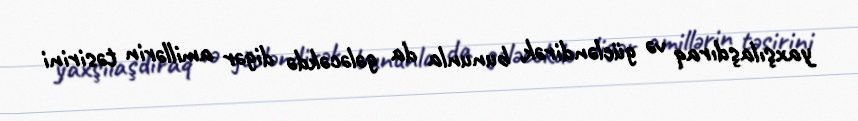
yaxşılaşdıraq və gücləndirək, bununla da gələcəkdə digər amillərin təsirini